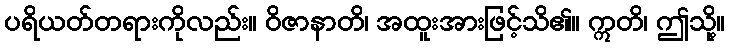
ပရိယတ်တရားကိုလည်း။ ဝိဇာနာတိ၊ အထူးအားဖြင့်သိ၏။ ဣတိ၊ ဤသို့။